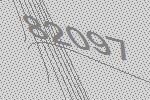
82097